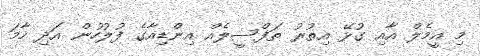
މި އީމެލް އާއި ގުޅޭ އިތުރު ތަފްސީލެއް އިންޑިއާގެ ފުލުހުން އަދި ހާމަ